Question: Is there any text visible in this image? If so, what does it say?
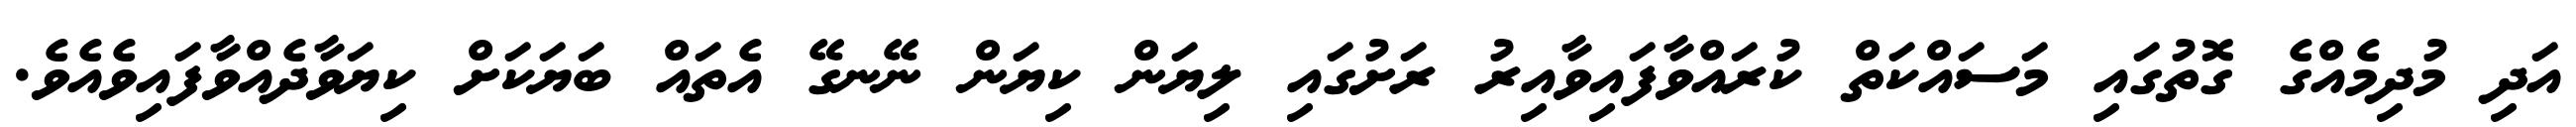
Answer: އަދި މުދިމެއްގެ ގޮތުގައި މަސައްކަތް ކުރައްވާފައިވާއިރު ރަށުގައި ލިޔަން ކިޔަން ނޭނގޭ އެތައް ބަޔަކަށް ކިޔަވާދެއްވާފައިވެއެވެ.